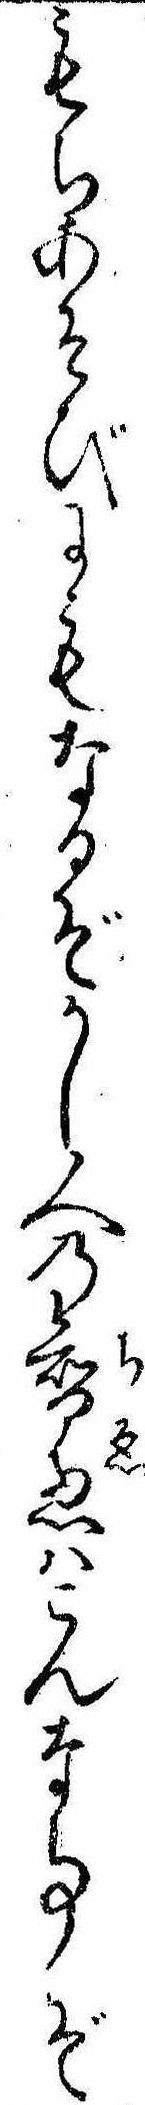
もちあそびにもなるぞかし人の智恵はこんな事ぞ